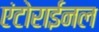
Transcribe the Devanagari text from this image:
एंटोराईनल